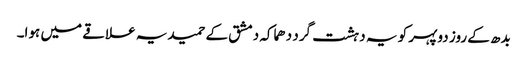
بدھ کے روز دوپہر کو یہ دہشت گرد دھماکہ دمشق کے حمیدیہ علاقے میں ہوا۔